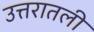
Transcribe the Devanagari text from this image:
उत्तरातली